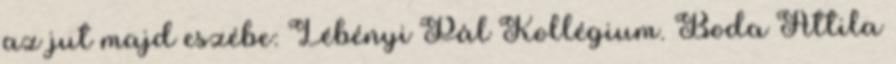
az jut majd eszébe: Lébényi Pál Kollégium. Boda Attila